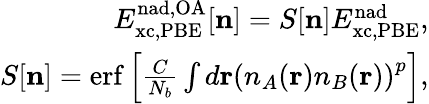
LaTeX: \begin{array}{r}{E_{\mathrm{xc,PBE}}^{\mathrm{nad,OA}}[{\mathbf n}]=S[{\mathbf n}]E_{\mathrm{xc,PBE}}^{\mathrm{nad}},}\\ {S[{\mathbf n}]=\mathrm{erf}\left[\frac{C}{N_{b}}\int d{\mathbf r}\left(n_{A}({\mathbf r})n_{B}({\mathbf r})\right)^{p}\right],}\end{array}